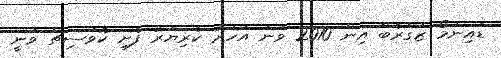
ޑައިނަމޯ ޒަގްރެބް އިން 2010 ވަނަ އަހަރު ކެރިޔަރު ފެށި ކޮވަސިޗް ވަނީ